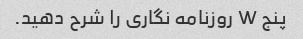
پنج W روزنامه نگاری را شرح دهید.